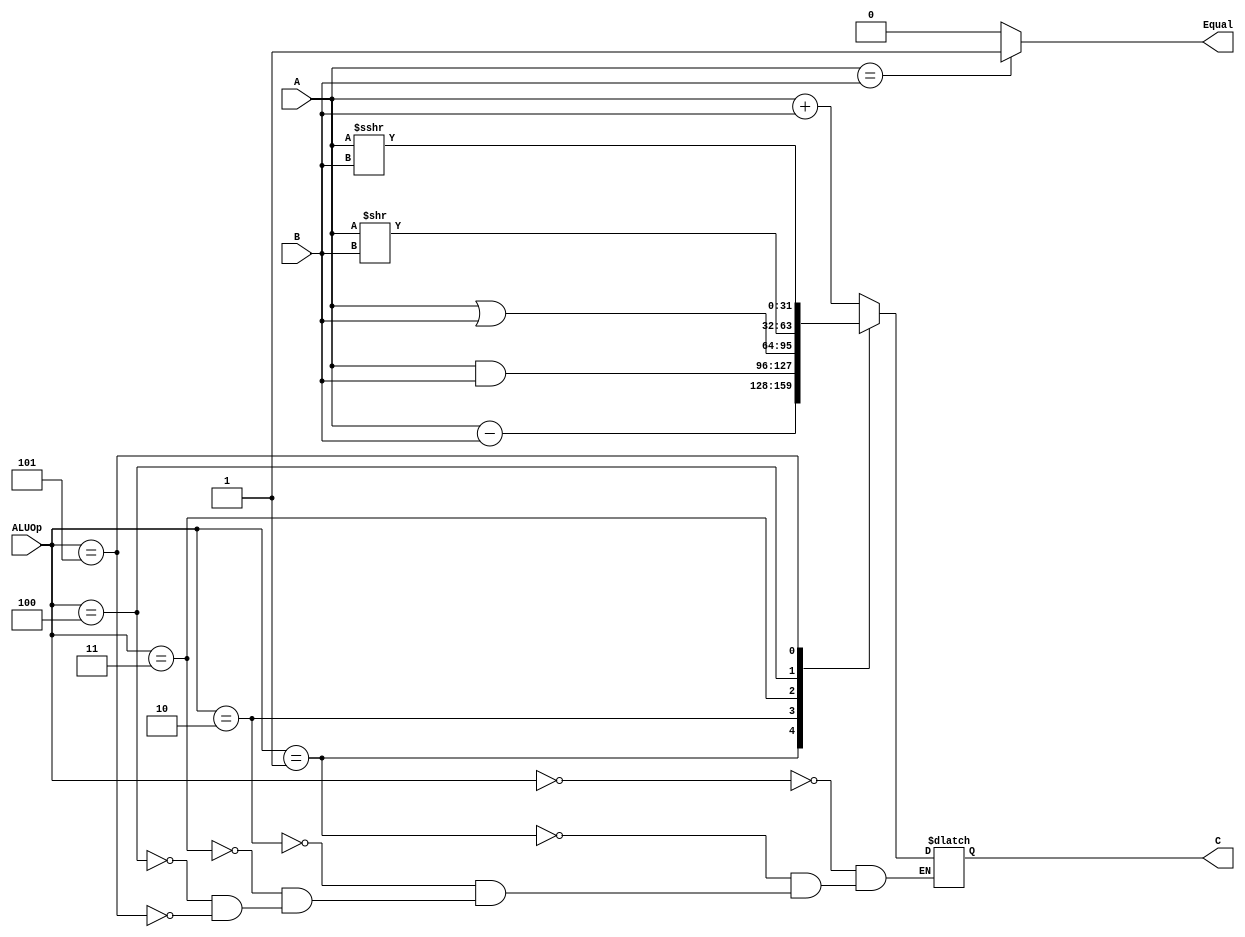
`timescale 1ns / 1ps
//////////////////////////////////////////////////////////////////////////////////
module alu(
    input [31:0] A,
    input [31:0] B,
    input [2:0] ALUOp,
    output [31:0] C,
	 output Equal//AB
    );
	 
	 reg [31:0] c;
	 reg equal;
	 
	 initial
	 begin
	    c=0;
		 equal=0;
	 end
	 
	 assign C=c;//always,initial
	 assign Equal=equal;
	 
	 always @(*)//alwaysALUOp
	 begin
	    if(A==B) equal=1;
		 else equal=0;
		 
	    case(ALUOp)
	       3'b000: c=A+B;
		    3'b001: c=A-B;
		    3'b010: c=A&B;
		    3'b011: c=A|B;
		    3'b100: c=A>>B;
		    3'b101: c=$signed(A)>>>B;
			 default:c=c;
	    endcase
	 end
	 
endmodule